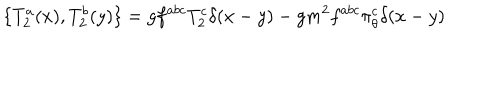
LaTeX: \{ T _ { 2 } ^ { a } ( x ) , T _ { 2 } ^ { b } ( y ) \} = g f ^ { a b c } T _ { 2 } ^ { c } \delta ( x - y ) - g m ^ { 2 } f ^ { a b c } \pi _ { \theta } ^ { c } \delta ( x - y )